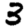
Digit: 3